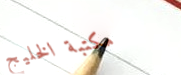
مكتبة الخليج